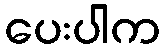
ပေးပါက